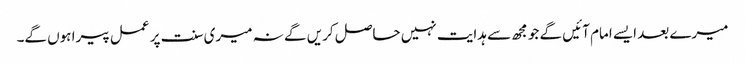
میرے بعد ایسے امام آئیں گے جو مجھ سے ہدایت نہیں حاصل کریں گے نہ میری سنت پر عمل پیرا ہوں گے۔